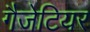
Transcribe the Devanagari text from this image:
गैजेटियर